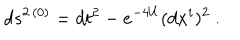
d s ^ { 2 \, ( 0 ) } = d t ^ { 2 } - e ^ { - 4 U } ( d x ^ { i } ) ^ { 2 } \ .